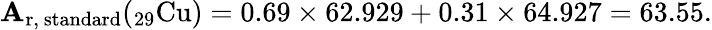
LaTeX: \mathbf{A}_{\mathrm{{r,~standard}}}(_{\mathrm{{29}}}{\mathrm{{Cu}}})=0.69\times62.929+0.31\times64.927=63.55.